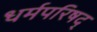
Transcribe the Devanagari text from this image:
धर्मपरिषद्